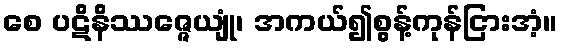
စေ ပဋိနိဿဇ္ဇေယျုံ၊ အကယ်၍စွန့်ကုန်ငြားအံ့။